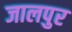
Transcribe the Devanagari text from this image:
जालपुर